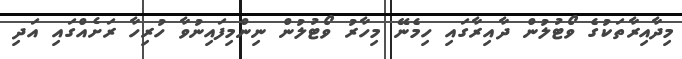
މިދާއިރާތަކުގެ ވޯޓުލުން ދާއިރާގައި ހިމެނޭ މިހާރު ވޯޓުލުން ނިންމިފައިނުވާ ހުރިހާ ރަށެއްގައި އަދި